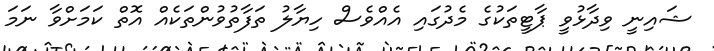
ޝައިނީ ވިދާޅުވީ ޕާޓީތަކުގެ މެދުގައި އެއްވެސް ހިޔާލު ތަފާތުވުންތަކެއް އޮތް ކަމަށްވާ ނަމަ